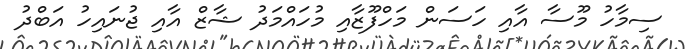
ސިމާހު މޫސާ އާއި ހަސަން މަހްފޫޒާއި މުހައްމަދު ޝާޒް އާއި ޖުނައިހު އަބްދު